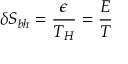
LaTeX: \delta S _ { b h } = \frac { \epsilon } { T _ { H } } = \frac { E } { T }